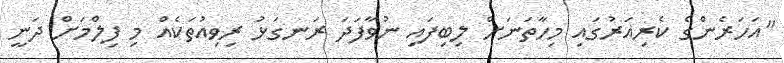
"އަހަރެންގެ ކެރިއަރުގައި މިހާތަނަށް ލިބިފައި ނުވާފަދަ ރަނގަޅު ރިވިއުތަކެއް މި ފިލްމަށް ދަނީ